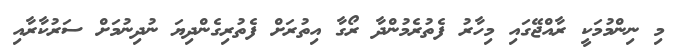
މި ނިންމުމަކީ ރާއްޖޭގައި މިހާރު ފެތުރެމުންދާ ރޯގާ އިތުރަށް ފެތުރިގެންދިޔަ ނުދިނުމަށް ސަރުކާރާއި